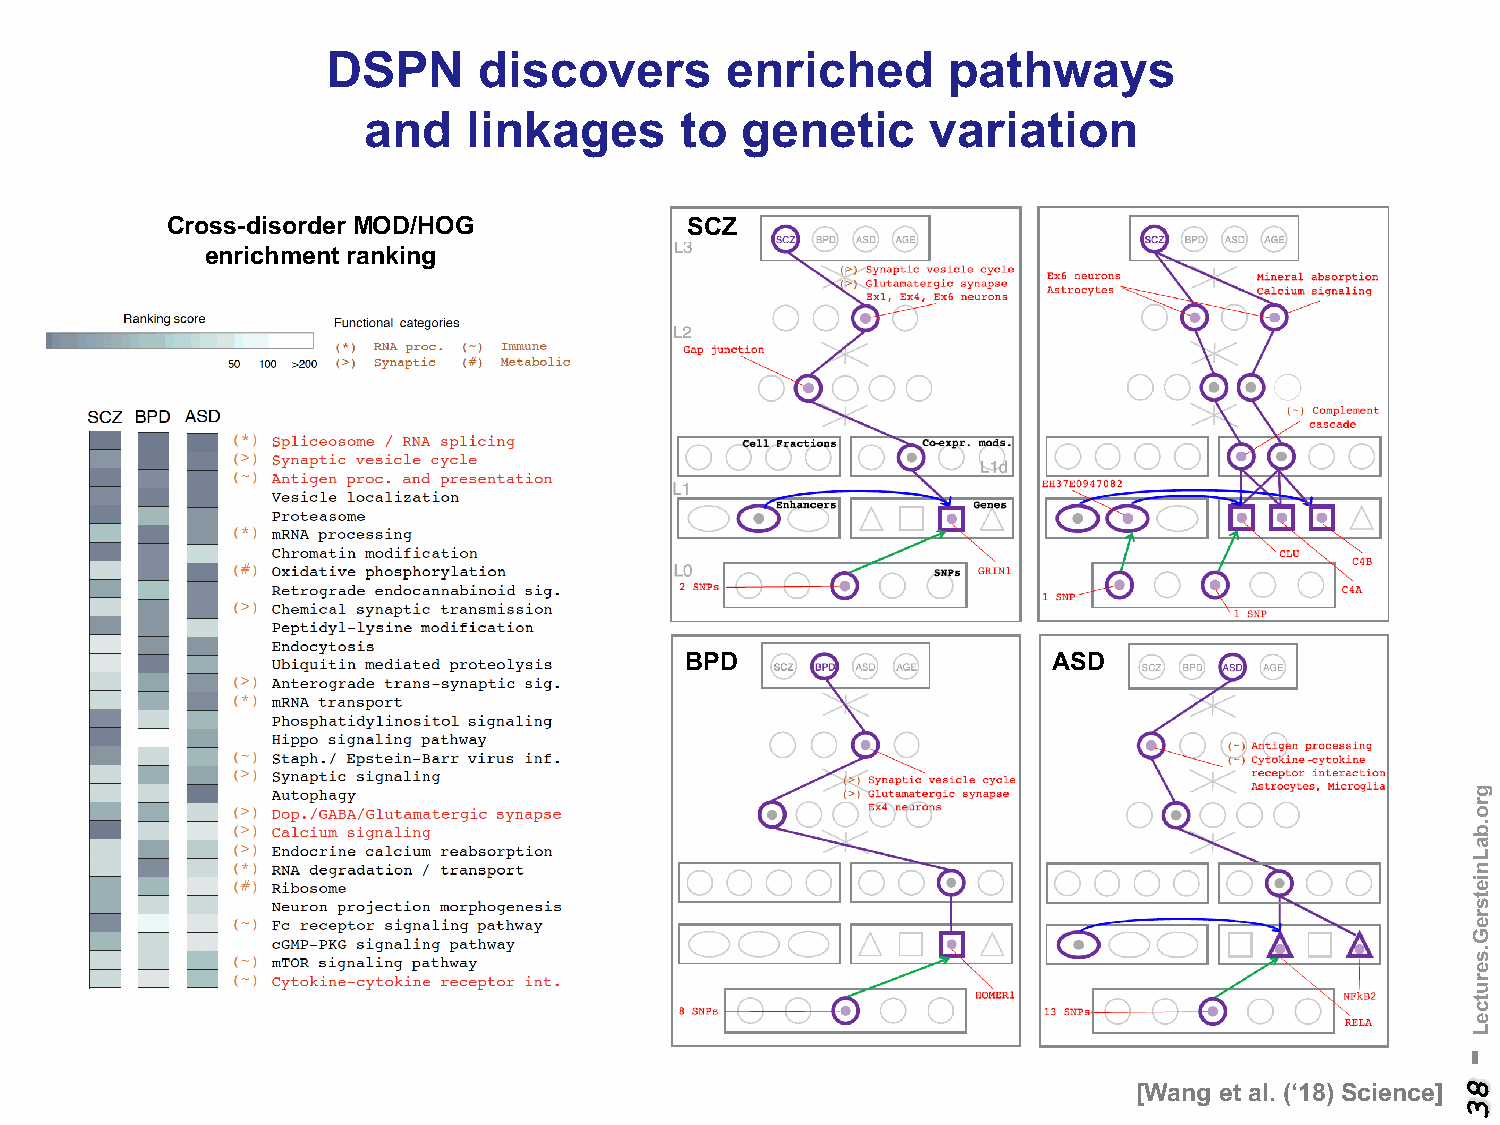
DSPN      discovers       enriched       pathways
 and    linkages      to  genetic      variation
 Cross-disorder MOD/HOG            SCZ
 enrichment ranking
 BPD                      ASD
 [Wang et al. (‘18) Science]
 -
 83
 gro.baLnietsreG.serutceL